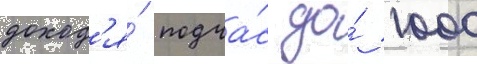
доход'я́ подча́с до́ 1000